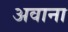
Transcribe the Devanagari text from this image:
अवाना